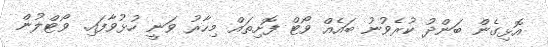
އޮޅިގެން ބަންދު ކުރެވުނު ބައެއް ވޯޓް ފޮށިތައް މިހާރު ވަނީ ހުޅުވާފައި. ވޯޓްލުން